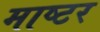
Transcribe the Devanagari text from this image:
माष्टर